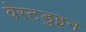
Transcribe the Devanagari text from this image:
वेस्टडुइन